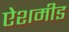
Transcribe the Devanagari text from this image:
ऐशमीड